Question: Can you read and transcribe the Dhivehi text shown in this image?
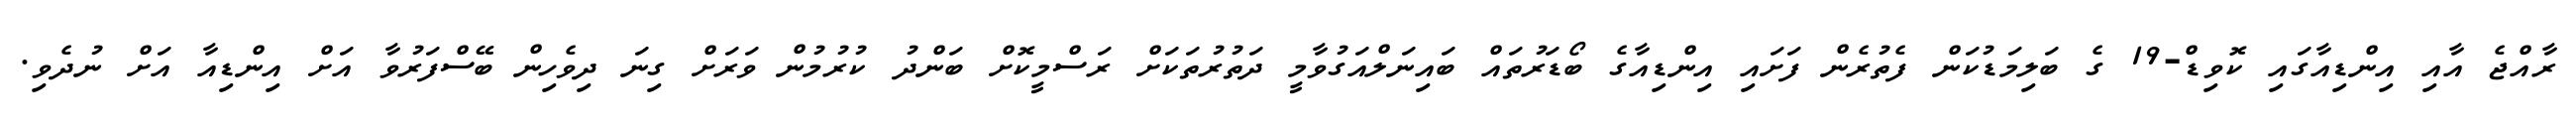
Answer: ރާއްޖެ އާއި އިންޑިއާގައި ކޮވިޑް-19 ގެ ބަލިމަޑުކަން ފެތުރެން ފަށައި އިންޑިއާގެ ބޯޑަރުތައް ބައިނަލްއަގުވާމީ ދަތުރުތަކަށް ރަސްމީކޮށް ބަންދު ކުރުމުން ވަރަށް ގިނަ ދިވެހިން ބޭސްފަރުވާ އަށް އިންޑިއާ އަށް ނުދެވި.